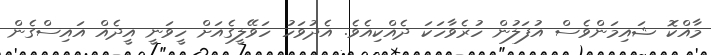
މާއްކޮ ޝައިމަންވެސް އުފަލުން ހުރެވާހަކަ ދެއްކިއެވެ. އެދުވަހު ހަވޭލީގެއަށް ހީވަނީ އީދެއް އައިސްގެން